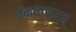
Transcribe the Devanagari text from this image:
वनवासरत्